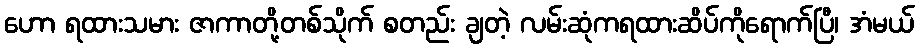
ဟော ရထားသမား ဇာကာတို့တစ်သိုက် စတည်း ချတဲ့ လမ်းဆုံကရထားဆိပ်ကိုရောက်ပြီ၊ အံမယ်